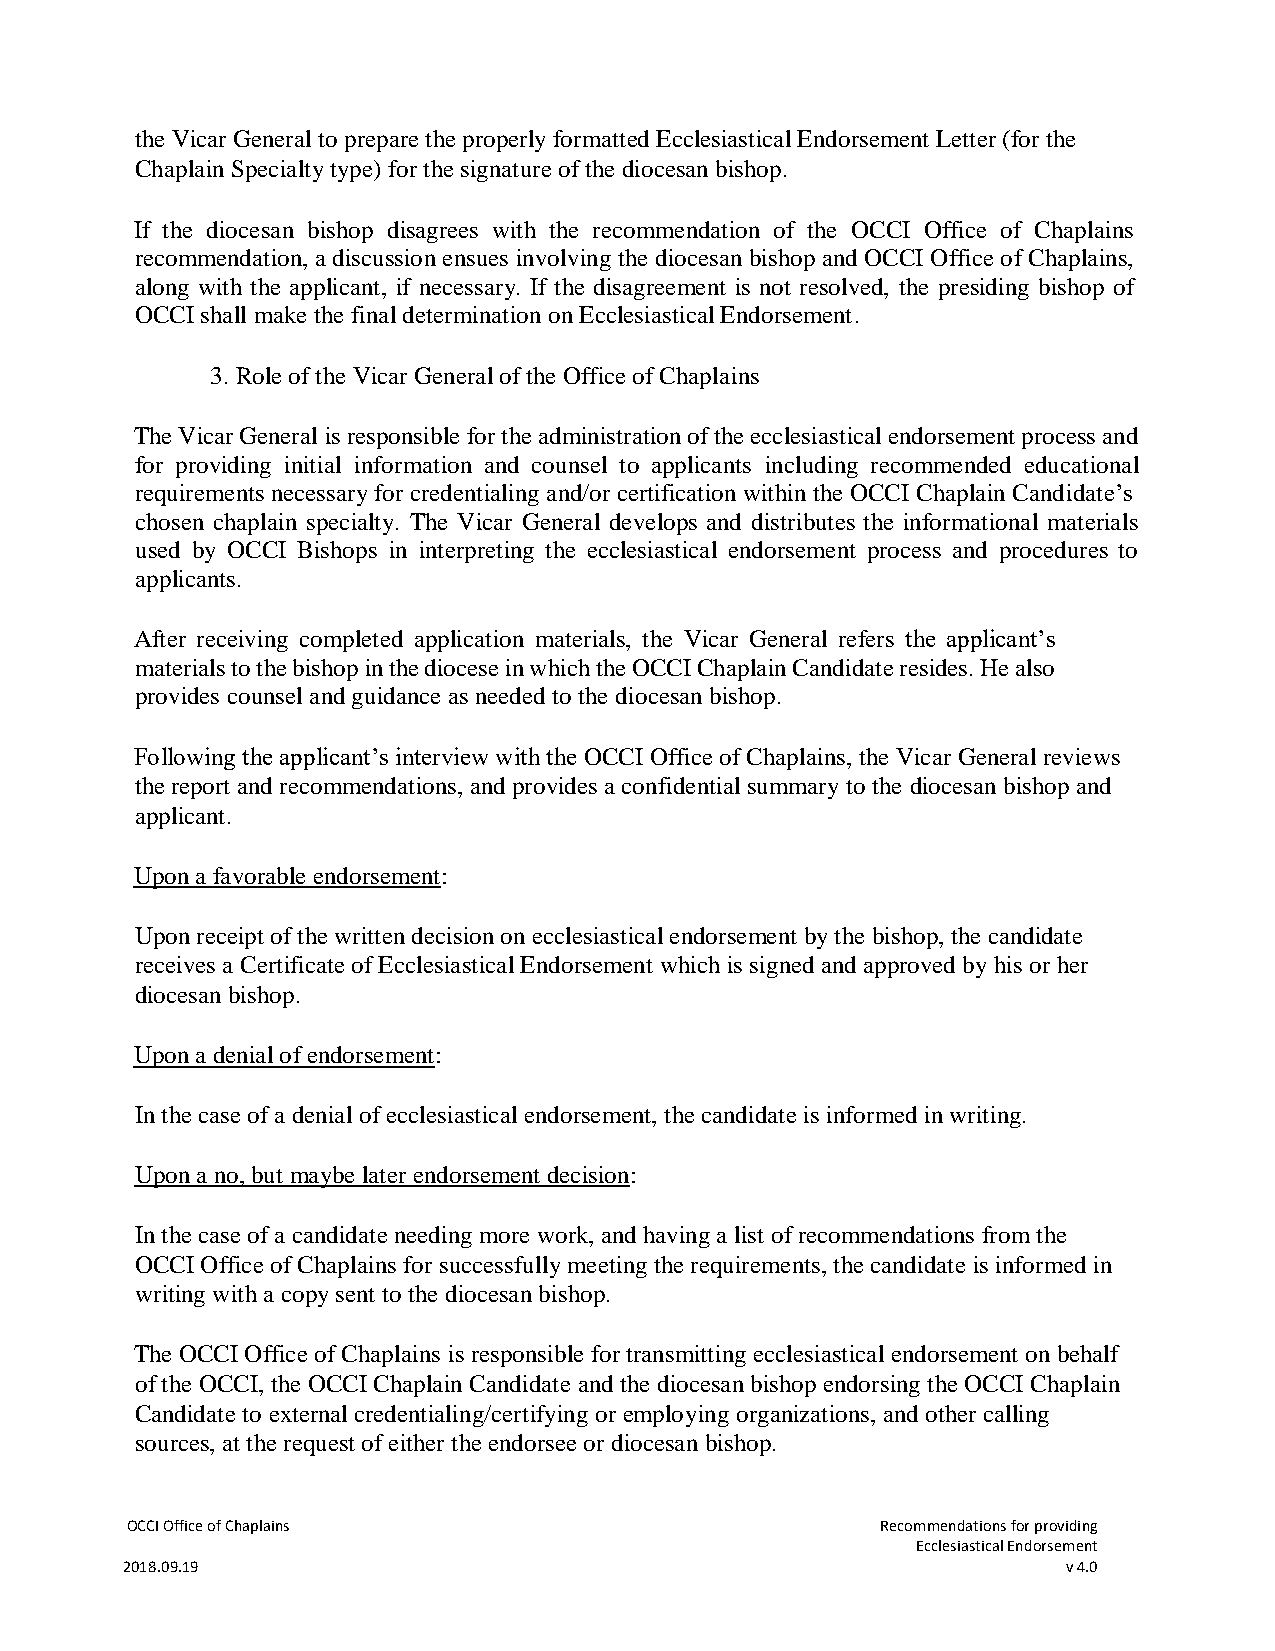
the Vicar General to prepare the properly formatted Ecclesiastical Endorsement Letter (for the
 Chaplain Specialty type) for the signature of the diocesan bishop.
 If the diocesan bishop disagrees with the recommendation of the OCCI Office of Chaplains
 recommendation, a discussion ensues involving the diocesan bishop and OCCI Office of Chaplains,
 along with the applicant, if necessary. If the disagreement is not resolved, the presiding bishop of
 OCCI shall make the final determination on Ecclesiastical Endorsement.
 3. Role of the Vicar General of the Office of Chaplains
 The Vicar General is responsible for the administration of the ecclesiastical endorsement process and
 for providing initial information and counsel to applicants including recommended educational
 requirements necessary for credentialing and/or certification within the OCCI Chaplain Candidate’s
 chosen chaplain specialty. The Vicar General develops and distributes the informational materials
 used by OCCI Bishops in interpreting the ecclesiastical endorsement process and procedures to
 applicants.
 After receiving completed application materials, the Vicar General refers the applicant’s
 materials to the bishop in the diocese in which the OCCI Chaplain Candidate resides. He also
 provides counsel and guidance as needed to the diocesan bishop.
 Following the applicant’s interview with the OCCI Office of Chaplains, the Vicar General reviews
 the report and recommendations, and provides a confidential summary to the diocesan bishop and
 applicant.
 Upon a favorable endorsement:
 Upon receipt of the written decision on ecclesiastical endorsement by the bishop, the candidate
 receives a Certificate of Ecclesiastical Endorsement which is signed and approved by his or her
 diocesan bishop.
 Upon a denial of endorsement:
 In the case of a denial of ecclesiastical endorsement, the candidate is informed in writing.
 Upon a no, but maybe later endorsement decision:
 In the case of a candidate needing more work, and having a list of recommendations from the
 OCCI Office of Chaplains for successfully meeting the requirements, the candidate is informed in
 writing with a copy sent to the diocesan bishop.
 The OCCI Office of Chaplains is responsible for transmitting ecclesiastical endorsement on behalf
 of the OCCI, the OCCI Chaplain Candidate and the diocesan bishop endorsing the OCCI Chaplain
 Candidate to external credentialing/certifying or employing organizations, and other calling
 sources, at the request of either the endorsee or diocesan bishop.
 OCCI Office of Chaplains                          Recommendations for providing
 Ecclesiastical Endorsement
 2018.09.19                                                     v 4.0